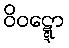
ဝိဝဋ္ဋော